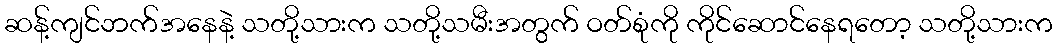
ဆန့်ကျင်ဘက်အနေနဲ့ သတို့သားက သတို့သမီးအတွက် ဝတ်စုံကို ကိုင်ဆောင်နေရတော့ သတို့သားက